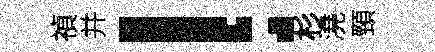
禎并！杉澆頸